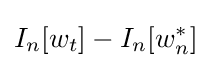
I_{n}[w_{t}]-I_{n}[w_{n}^{\ast }]